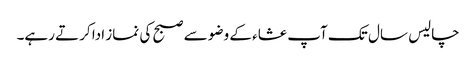
چالیس سال تک آپ عشاء کے وضو سے صبح کی نماز ادا کرتے رہے۔